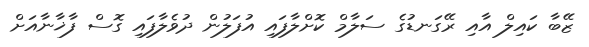
ޒޭބާ ކައިލް އާއި ރޭގަނޑުގެ ސަލާމް ކޮށްލާފައި އުފަލުން ދުވެލާފައި ގޮސް ފާޚާނާއަށް